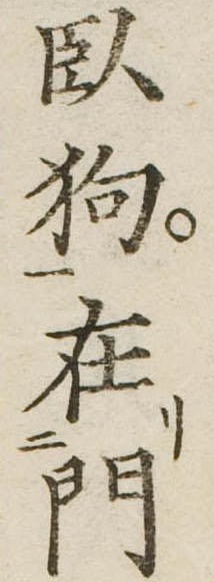
臥狗在門